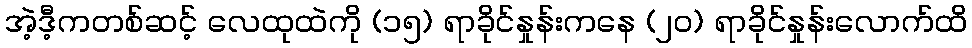
အဲ့ဒီ့ကတစ်ဆင့် လေထုထဲကို (၁၅) ရာခိုင်နှုန်းကနေ (၂၀) ရာခိုင်နှုန်းလောက်ထိ